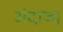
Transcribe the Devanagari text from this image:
अंदाज।